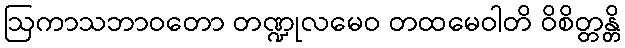
ဩကာသဘာဝတော တဏ္ဍုလမေဝ တထမေဝါတိ ဝိစိတ္တန္တိ